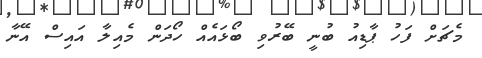
މެޗަށް ފަހު ޕާޑިއު ބުނީ ބޭރުވި ބޯޅައެއް ހޯދަން މެއިލާ އައިސް އޭނާ